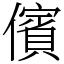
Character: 儐